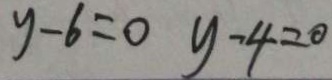
y - 6 = 0 y - 4 = 0